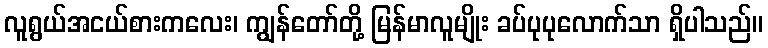
လူရွယ်အငယ်စားကလေး၊ ကျွန်တော်တို့ မြန်မာလူမျိုး ခပ်ပုပုလောက်သာ ရှိပါသည်။